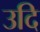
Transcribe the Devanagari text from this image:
उदि